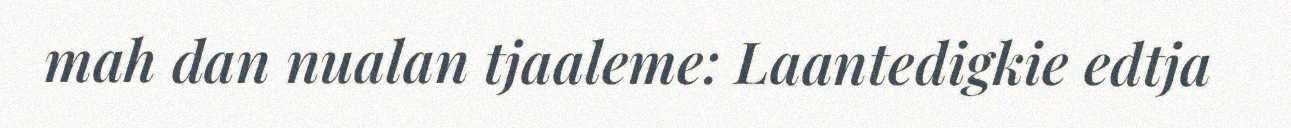
mah dan nualan tjaaleme: Laantedigkie edtja